Report on horse surra - Volume I
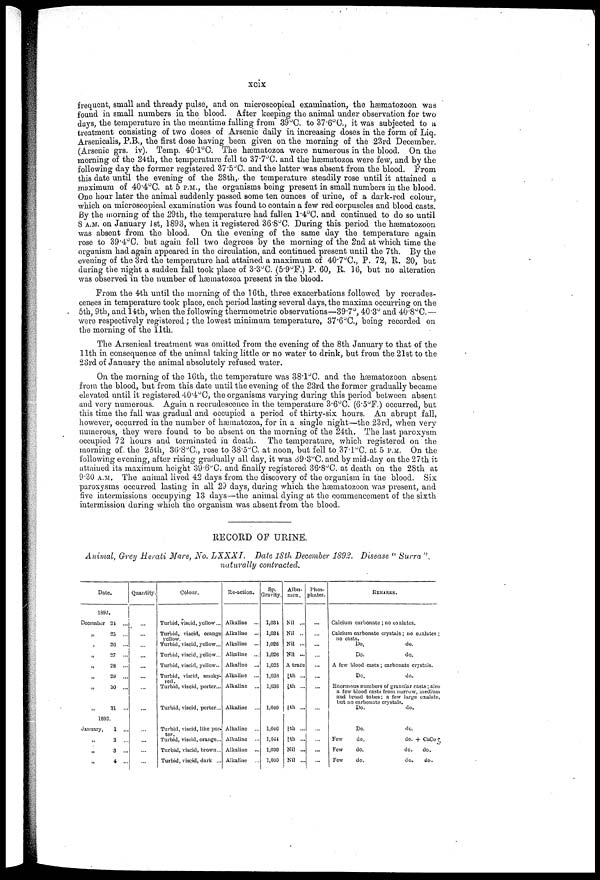
xcix
frequent, small and thready pulse, and on microscopical examination, the hæmatozoon was
found in small numbers in the blood. After keeping the animal under observation for two
days, the temperature in the meantime falling from 39°C. to 37.6°C, it was subjected to a
treatment consisting of two doses of Arsenic daily in increasing doses in the form of Liq.
Arsenicalis, P.B., the first dose having been given on the morning of the 23rd December.
(Arsenic grs. iv). Temp. 40.1°C. The hæmatozoa were numerous in the blood. On the
morning of the 24th, the temperature fell to 37.7°C. and the hæmatozoa were few, and by the
following day the former registered 37.5°C. and the latter was absent from the blood. From
this date until the evening of the 28th,- the temperature steadily rose until it attained a
maximum of 40.4°C. at 5 P.M., the organisms being present in small numbers in the blood.
One hour later the animal suddenly passed some ten ounces of urine, of a dark-red colour,
which on microscopical examination was found to contain a few red corpuscles and blood casts.
By the morning of the 29th, the temperature had fallen 1.4°C. and continued to do so until
8 A.M. on January 1st, 1893, when it registered 36.8°C. During this period the hæmatozoon
was absent from the blood. On the evening of the same day the temperature again
rose to 39.4°C. but again fell two degrees by the morning of the 2nd at which time the
organism had again appeared in the circulation, and continued present until the 7th. By the
evening of the 3rd the temperature had attained a maximum of 40.7°C, P. 72, R. 20, but
during the night a sudden fall took place of 3.3°C. (5.9°F.) P. 60, R. 16, but no alteration
was observed in the number of hæmatozoa present in the blood.
From the 4th until the morning of the 16th, three exacerbations followed by recrudes
cences in temperature took place, eacli period lasting several days, the maxima occurring on the
5th, 9th, and 14th, when the following thermometric observations—39.7°C, 40.3°C and 40.8°C.—
were respectively registered; the lowest minimum, temperature, 37.6°C, being recorded on
the morning of the 11th.
The Arsenical treatment was omitted from the evening of the 8th January to that of the
11th in consequence of the animal taking little or no water to drink, but from the 21st to the
23rd of January the animal absolutely refused water.
On the morning of the 10th, the temperature was 38.1°C. and the hæmatozoon absent
from the blood, but from this date until the evening of the 23rd the former gradually became
elevated until it registered 40.4°C, the organisms varying during this period between absent;
and very numerous. Again a recrudescence in the temperature 3'6°C. (6.5°F.) occurred, but
this time the fail was gradual and occupied a period of thirty-six hours. An abrupt fall,
however, occurred in the number of hæmatozoa, for in a single night—the 23rd, when very
numerous, they were found to be absent on the morning of the 24th. The last paroxysm
occupied 72 hours and terminated in death. The temperature, which registered on the
morning of. the 25th, 36.8 o C., rose to 38.5°C. at noon, but fell to 37.l°C. at 5 P.M. On the
following evening, after rising gradually all day, it was 39.3°C. and by mid-day on the 27th it
attained its maximum height 39'6°C. and finally registered 36.8°C. at death on the 28th at
9'30 A.M. The animal lived 42 days from the discovery of the organism in the blood. Six
paroxysms occurred lasting in all 29 days, during which the hærnatozoon was present, and
five intermissions occupying 13 days—-the animal dying at the commencement of the sixth
intermission during which the organism was absent from the blood.
RECORD OF URINE.
Animal, Grey Herati Mare, No. LXXXI.
Date 18th December 1892. Disease " Surra ",
naturally contracted.
Date.
Quantity.
1892.
December 24 ...
„ 25 ...
„ 26 ...
„ 27 ...
„
28 ...
„
29 ...
„ 30 ...
„ 31 ...
1893.
January,
1
„ 2
„
3 ...
„
4 ...
...
...
...
...
...
...
...
...
...
...
...
...
...
Colour.
Turbid, viscid, yellow...
Turbid, viscid, orange
yellow.
Turbid, viscid, yellow...
Turbid, viscid, yellow...
Turbid, viscid, yellow...
Turbid, viscid, smoky-
red.
Turbid, viscid, porter...
Turbid, viscid, porter...
Turbid, viscid, like por
ter.
Turbid, viscid, orange...
Turbid, viscid, brown...
Turbid, viscid, dark ...
Re-action.
Alkaline
Alkaline
Alkaline
Alkaline
Alkaline
Alkaline
Alkaline
Alkaline
Alkaline
Alkaline
Alkaline
Alkaline
Gravity.
1,034
1,034
1,026
1,026
1,025
1,028
1,036
1,040
1,046
1,044
1,030
1,030
Albu
men .
Nil ...
Nil ..
Nil ...
Nil ...
A trace
⅛th ...
⅛th ...
1/7th ...
1/6th ...
1/5th ...
Nil ...
Nil ...
Phos
phates.
...
...
...
...
...
...
...
...
...
...
...
...
...
REMARKS.
Calcium carbonate ; no oxalates.
Calcium carbonate crystals ; no oxalates ;
no casts.
Do.
do.
Do.
do.
A few blood casts ; carbonate crystals.
Do.
do.
Enormous numbers of granular casts; also
a few blood casts from narrow, Medium
and broad tubes; a few large oxalate,
but no carbonate crystals.
Do.
do.
Do.
do.
Few
do.
do. + CaCo3
Few
do.
do.
do.
Few
do.
do.
do.